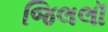
જિલલૉ